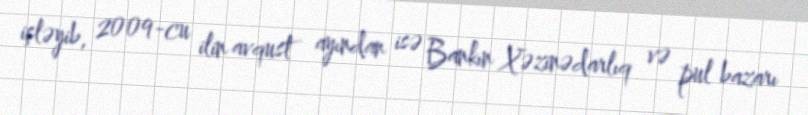
işləyib, 2009-cu ilin avqust ayından isə Bankın Xəzinədarlıq və pul bazarı